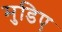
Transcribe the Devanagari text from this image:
मुडिए